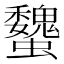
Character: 𧕞